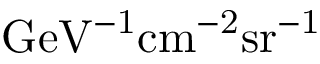
\mathrm { G e V ^ { - 1 } c m ^ { - 2 } s r ^ { - 1 } }